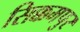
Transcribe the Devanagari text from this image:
सिक्कमपुर